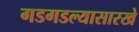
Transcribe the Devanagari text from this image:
गडगडल्यासारखे